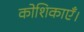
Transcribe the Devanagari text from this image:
कोशिकाएँ।